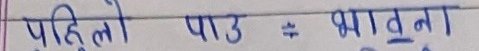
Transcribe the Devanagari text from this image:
पहिलो पाठ = भावना